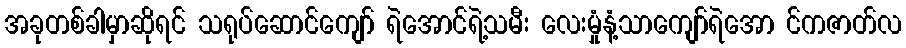
အခုတစ်ခါမှာဆိုရင် သရုပ်ဆောင်ကျော် ရဲအောင်ရဲ့သမီး လေးမှုံနံ့သာကျော်ရဲအော င်ကဇာတ်လ